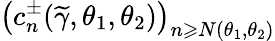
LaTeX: \big(c_{n}^{\pm}(\widetilde{\gamma},\theta_{1},\theta_{2})\big)_{n\geqslant N(\theta_{1},\theta_{2})}